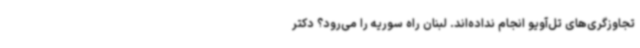
تجاوزگری‌های تل‌آویو انجام نداده‌اند. لبنان راه سوریه را می‌رود؟ دکتر